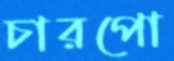
চারপো